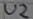
Text: U2